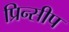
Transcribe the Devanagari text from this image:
प्रिन्सीप